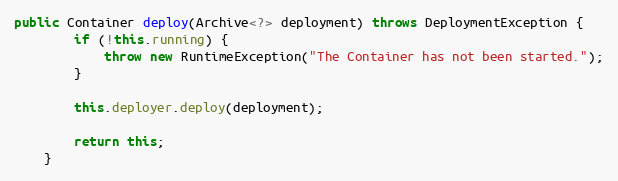
Language: Java
public Container deploy(Archive<?> deployment) throws DeploymentException {
        if (!this.running) {
            throw new RuntimeException("The Container has not been started.");
        }

        this.deployer.deploy(deployment);

        return this;
    }